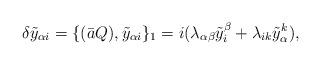
LaTeX: \begin{align*}\delta\tilde y_{\alpha i}=\{(\bar aQ), \tilde y_{\alpha i}\}_1=i(\lambda_{\alpha\beta}\tilde y^\beta_i+\lambda_{ik}\tilde y^k_\alpha),\end{align*}